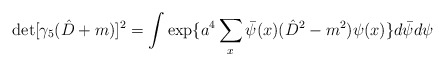
\begin{align*}\det[\gamma_5( \hat{D}+m)]^2= \int \exp \{a^4 \sum_x\bar{\psi}(x)( \hat{D}^2-m^2) \psi(x) \} d \bar{ \psi}d \psi \end{align*}